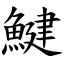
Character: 鰎